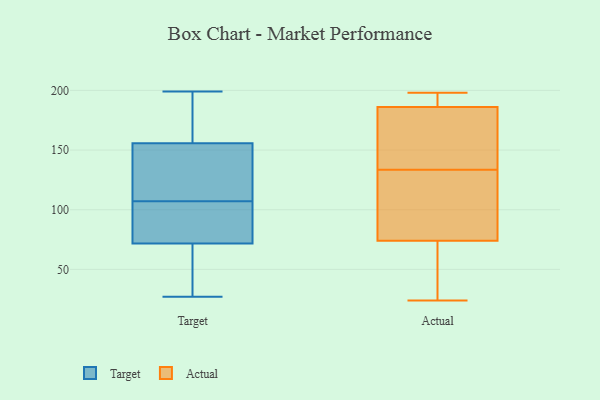
{"axis": {"x": "Budget (USD K)", "y": "Value"}, "legend": ["Actual", "Target"], "data": [{"x": "", "y": 27, "type": "Target"}, {"x": "", "y": 135, "type": "Target"}, {"x": "", "y": 166, "type": "Target"}, {"x": "", "y": 66, "type": "Target"}, {"x": "", "y": 107, "type": "Target"}, {"x": "", "y": 96, "type": "Target"}, {"x": "", "y": 63, "type": "Target"}, {"x": "", "y": 131, "type": "Target"}, {"x": "", "y": 91, "type": "Target"}, {"x": "", "y": 89, "type": "Target"}, {"x": "", "y": 45, "type": "Target"}, {"x": "", "y": 152, "type": "Target"}, {"x": "", "y": 192, "type": "Target"}, {"x": "", "y": 199, "type": "Target"}, {"x": "", "y": 157, "type": "Target"}, {"x": "", "y": 169, "type": "Actual"}, {"x": "", "y": 110, "type": "Actual"}, {"x": "", "y": 190, "type": "Actual"}, {"x": "", "y": 64, "type": "Actual"}, {"x": "", "y": 118, "type": "Actual"}, {"x": "", "y": 186, "type": "Actual"}, {"x": "", "y": 149, "type": "Actual"}, {"x": "", "y": 198, "type": "Actual"}, {"x": "", "y": 74, "type": "Actual"}, {"x": "", "y": 24, "type": "Actual"}]}